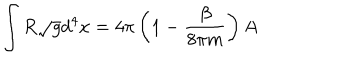
LaTeX: \int R \sqrt { g } d ^ { 4 } x = 4 \pi \left( 1 - { \frac { \beta } { 8 \pi m } } \right) A